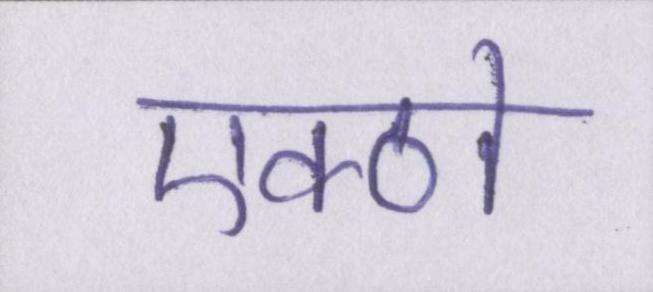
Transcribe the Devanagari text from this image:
एक्ठो